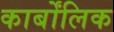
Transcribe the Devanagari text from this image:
कार्बोंलिक